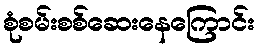
စုံစမ်းစစ်ဆေးနေကြောင်း